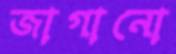
জাগানো